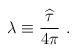
LaTeX: \begin{align*}\lambda\equiv{{\widehat\tau}\over 4\pi}~.\end{align*}